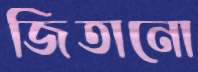
জিতানো